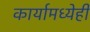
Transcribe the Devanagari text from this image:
कार्यामध्येही